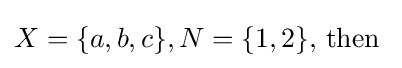
X=\{a,b,c\},N=\{1,2\}{\text{, then }}